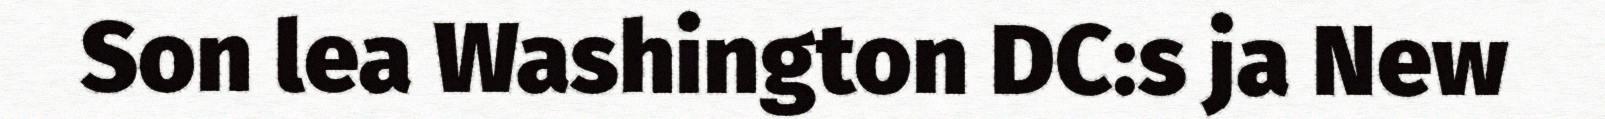
Son lea Washington DC:s ja New